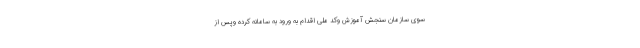
سوی سازمان سنجش آموزش وکد ملی اقدام به ورود به سامانه کرده وپس از